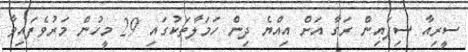
ސީރިއާ ސިފައިން ރަގާ އަށް އިއްޔެ ދިން ހަމަލާތަކުގައި 29 މީހުން މަރުވެފައިވާ